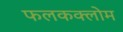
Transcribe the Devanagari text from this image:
फलकक्लोम